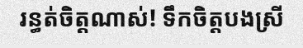
រន្ធត់ចិត្តណាស់! ទឹកចិត្តបងស្រី